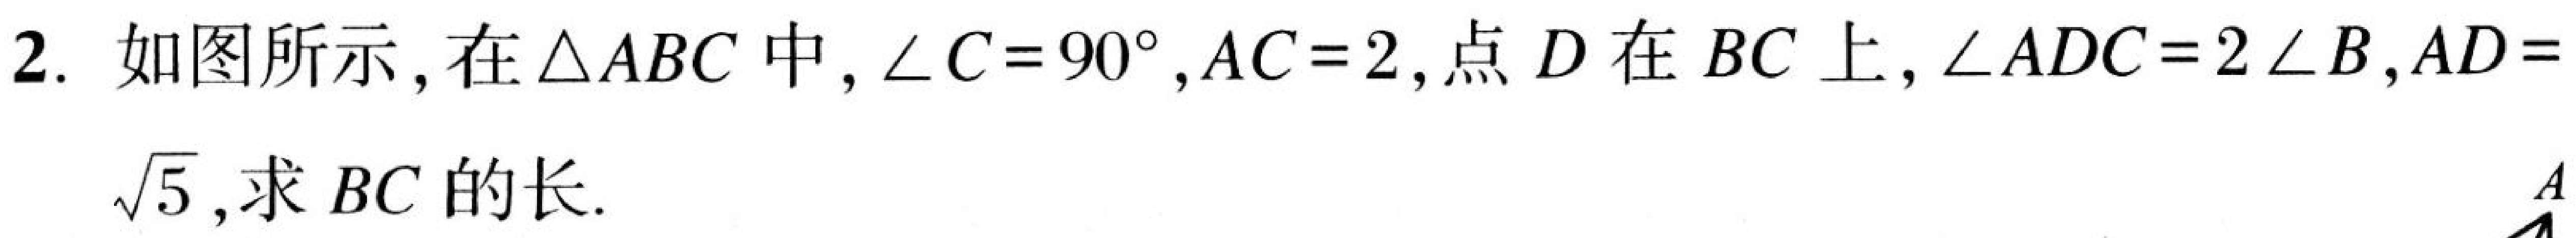
2. 如图所示，在\(\triangle ABC\)中，\(\angle C = 90^{\circ}\)，\(AC = 2\)，点\(D\)在\(BC\)上，\(\angle ADC = 2\angle B\)，\(AD = \sqrt{5}\)，求\(BC\)的长.